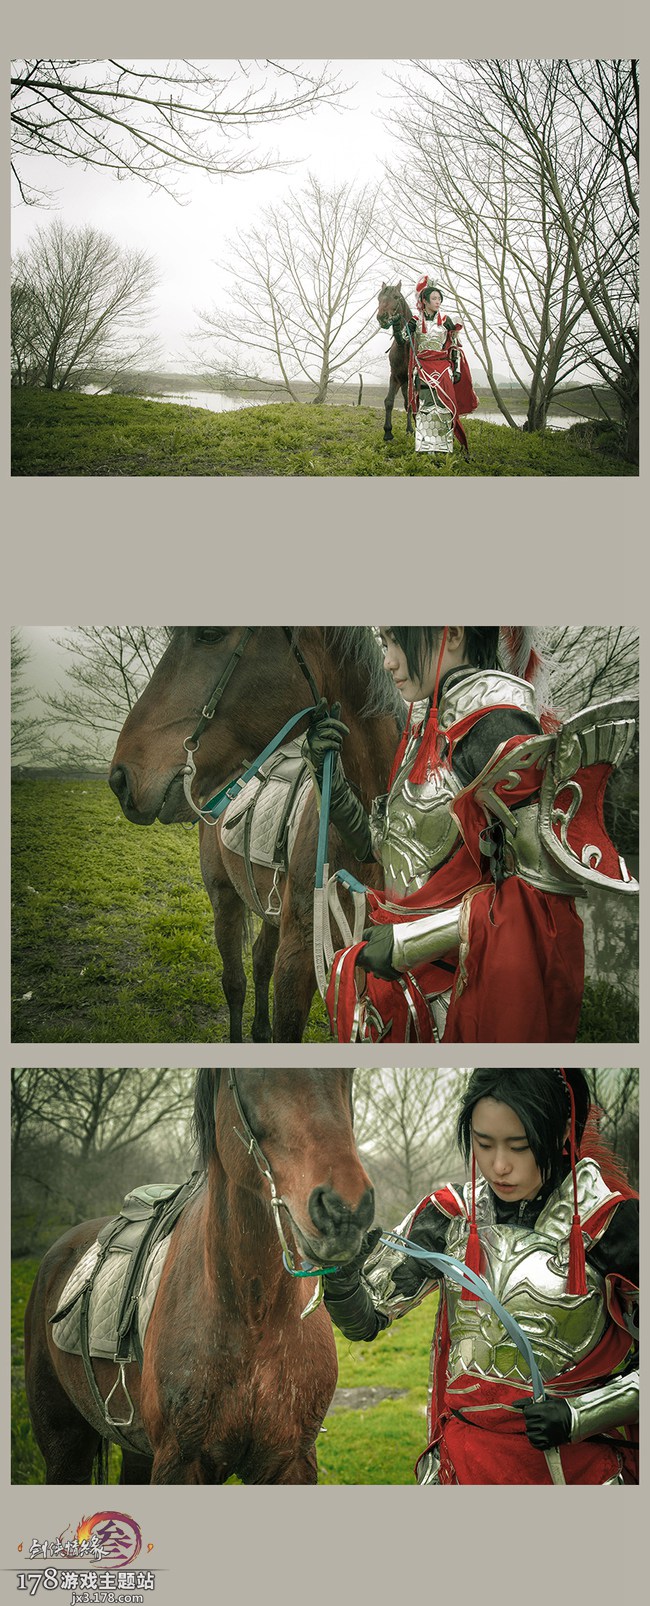
三春白雪归青冢，万里黄河绕黑山。